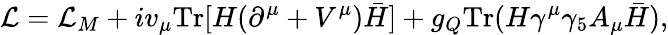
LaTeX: {\cal L}={\cal L}_{M}+iv_{\mu}\mathrm{Tr}[H(\partial^{\mu}+V^{\mu})\bar{H}]+g_{Q}\mathrm{Tr}(H\gamma^{\mu}\gamma_{5}A_{\mu}\bar{H}),